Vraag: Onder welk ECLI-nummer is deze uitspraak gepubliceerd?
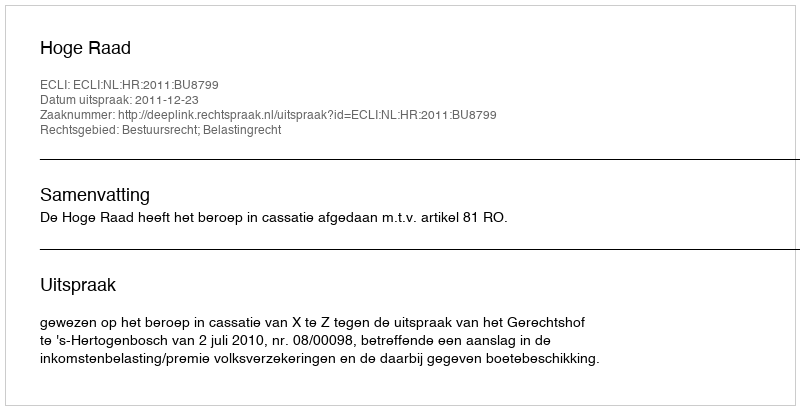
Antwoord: ECLI:NL:HR:2011:BU8799